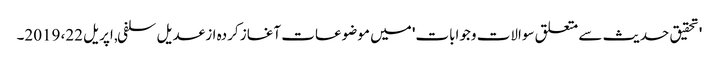
'تحقیق حدیث سے متعلق سوالات وجوابات' میں موضوعات آغاز کردہ از عدیل سلفی, ‏اپریل 22، 2019۔